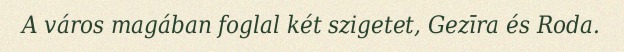
A város magában foglal két szigetet, Gezīra és Roda.